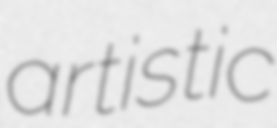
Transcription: artistic